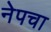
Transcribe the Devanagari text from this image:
नेपचा